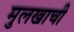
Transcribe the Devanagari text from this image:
मुलखाची